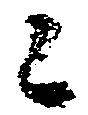
々